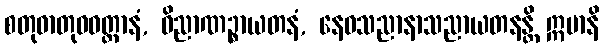
စတုဓာတုဝဝတ္ထာနံ, ဝိညာဏဉ္စာယတနံ, နေဝသညာနာသညာယတနန္တိ ဣမာနိ